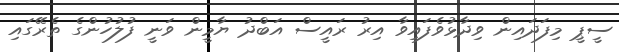
ސީޕީ މިފަދައިން ވިދާޅުވެފައިވާ އިރު ރައީސް އަބްދު ޔާމީން ވަނީ ފުލުހުންގެ ތެރޭގައި